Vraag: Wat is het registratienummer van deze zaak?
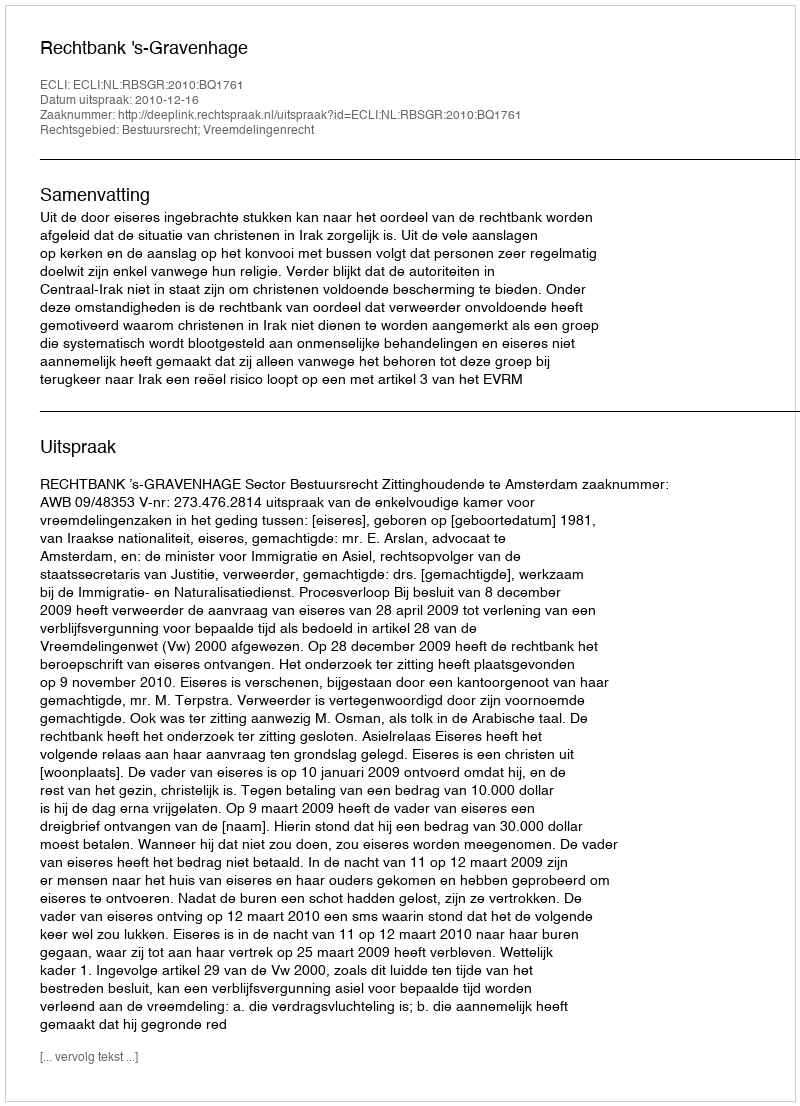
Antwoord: http://deeplink.rechtspraak.nl/uitspraak?id=ECLI:NL:RBSGR:2010:BQ1761